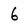
Character: 6